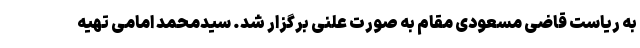
به ریاست قاضی مسعودی مقام به صورت علنی برگزار شد. سیدمحمد امامی تهیه